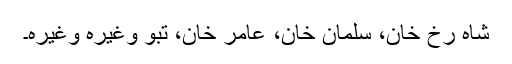
شاہ رخ خان، سلمان خان، عامر خان، تبو وغیرہ وغیرہ۔